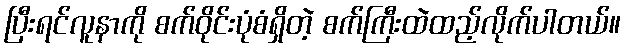
ပြီးရင်လူနာကို စက်ဝိုင်းပုံစံရှိတဲ့ စက်ကြီးထဲထည့်လိုက်ပါတယ်။